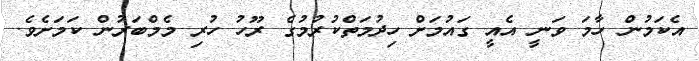
އެކަމުން ހާމަ ވަނީ އެއީ ގައުމަށް ހިދުމަތްކުރުމުގެ ރޫހު ހުރި މެމްބަރުން ކަމަށެވެ.